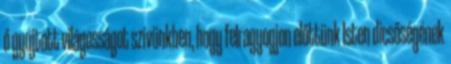
ő gyújtott világosságot szívünkben, hogy felragyogjon előttünk Isten dicsőségének